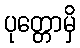
ပုတ္တောမှိ